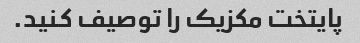
پایتخت مکزیک را توصیف کنید.